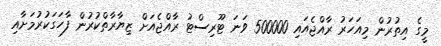
މީގެ އިތުރުން މިއަހަރު ރާއްޖެއައި 500000 ވަނަ ޓޫރިސްޓު ރާއްޖެއަށް ޒިޔާރާތްކުރުން ފާހަގަކުރުމަށާއި